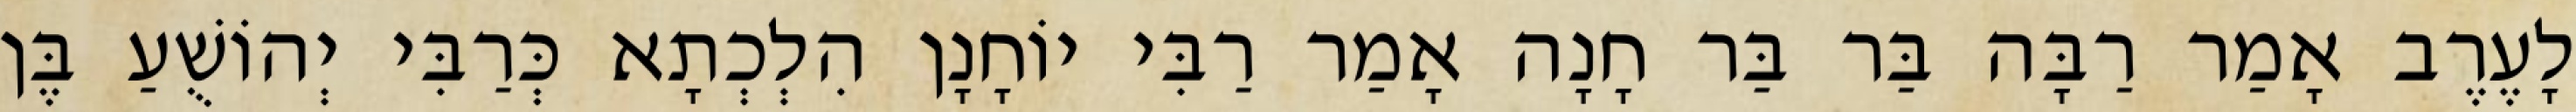
לָעֶרֶב אָמַר רַבָּה בַּר בַּר חָנָה אָמַר רַבִּי יוֹחָנָן הִלְכְתָא כְּרַבִּי יְהוֹשֻׁעַ בֶּן